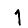
Digit: 1